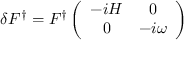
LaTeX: \delta F ^ { \dag } = F ^ { \dag } \left( \begin{array} { c c } { { - i H } } & { { 0 } } \\ { { 0 } } & { { - i \omega } } \end{array} \right)